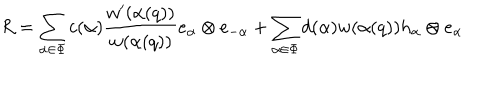
R = \sum _ { \alpha \in \Phi } c ( \alpha ) \frac { w ^ { \prime } ( \alpha ( q ) ) } { w ( \alpha ( q ) ) } e _ { \alpha } \otimes e _ { - \alpha } + \sum _ { \alpha \in \Phi } d ( \alpha ) w ( \alpha ( q ) ) h _ { \alpha } \otimes e _ { \alpha }